Indian journal of veterinary science and animal husbandry - Volume 4,
Year: 1934
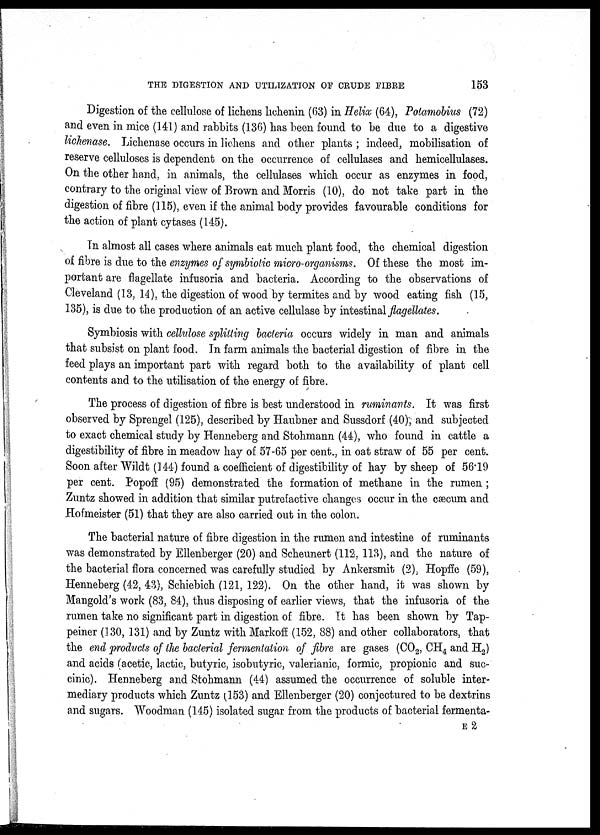
THE DIGESTION AND UTILIZATION OF CRUDE
FIBRE
153
Digestion of the cellulose of lichens lichenin (63) in Helix (64), Potamobius (72)
and even in mice (141) and rabbits (136) has been found to be due to a digestive
lichenase. Lichenase occurs in lichens and other plants ; indeed, mobilisation of
reserve celluloses is dependent on the occurrence of cellulases and hemicellulases.
On the other hand, in animals, the cellulases which occur as enzymes in food,
contrary to the original view of Brown and Morris (10), do not take part in the
digestion of fibre (115), even if the animal body provides favourable conditions for
the action of plant cytases (145).
In almost all cases where animals eat much plant food, the chemical digestion
of fibre is due to the enzymes of symbiolic micro-organisms. Of these the most im-
portant are flagellate infusoria and bacteria. According to the observations of
Cleveland (13, 14), the digestion of wood by termites and by wood eating fish (15,
135), is due to the production of an active cellulase by intestinal flagellates.
Symbiosis with cellulose splitting bacteria occurs widely in man and animals
that subsist on plant food. In farm animals the bacterial digestion of fibre in the
feed plays an important part with regard both to the availability of plant cell
contents and to the utilisation of the energy of fibre.
The process of digestion of fibre is best understood in ruminants. It was first
observed by Sprengel (125), described by Haubner and Sussdorf (40), and subjected
to exact chemical study by Henneberg and Stohmann (44), who found in cattle a
digestibility of fibre in meadow hay of 57-65 per cent., in oat straw of 55 per cent.
Soon after Wildt (144) found a coefficient of digestibility of hay by sheep of 56.19
per cent. Popoff (95) demonstrated the formation of methane in the rumen ;
Zuntz showed in addition that similar putrefactive changes occur in the cæcum and
Hofmeister (51) that they are also carried out in the colon.
The bacterial nature of fibre digestion in the rumen and intestine of ruminants
was demonstrated by Ellenberger (20) and Scheunert (112, 113), and the nature of
the bacterial flora concerned was carefully studied by Ankersmit (2), Hopffe (59),
Henneberg (42, 43), Schiebich (121, 122). On the other hand, it was shown by
Mangold's work (83, 84), thus disposing of earlier views, that the infusoria of the
rumen take no significant part in digestion of fibre. It has been shown by Tap-
peiner (130, 131) and by Zuntz with Markoff (152, 88) and other collaborators, that
the end products of the bacterial fermentation of fibre are gases (CO 2 , CH 4 and H 2 )
and acids (acetic, lactic, butyric, isobutyric, valerianic, formic, propionic and suc-
cinic). Henneberg and Stohmann (44) assumed the occurrence of soluble inter-
mediary products which Zuntz (153) and Ellenberger (20) conjectured to be dextrins
and sugars. Woodman (145) isolated sugar from the products of bacterial fermenta-
E 2